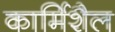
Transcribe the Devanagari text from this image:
कार्मिशैल